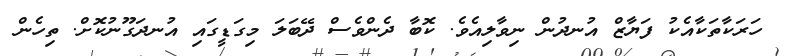
ހަރަކާތަކާއެކު ފަޔާޒް އުނދުން ނިވާލިއެވެ. ކޮބާ ދެންވެސް ދޭބަލަ މިގަޑީގައި އުނދަގޫނުކޮށް. ތިހެން